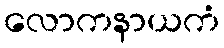
လောကနာယကံ